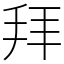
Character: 拜